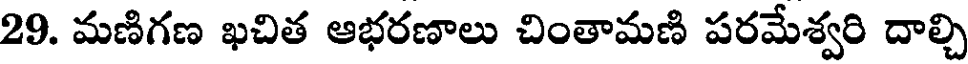
29. మణిగణ ఖచిత ఆభరణాలు చింతామణి పరమేశ్వరి దాల్చి